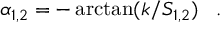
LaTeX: \alpha _ { 1 , 2 } = - \arctan ( k / S _ { 1 , 2 } ) \, \ \ .